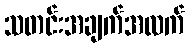
သတင်းအချက်အလက်